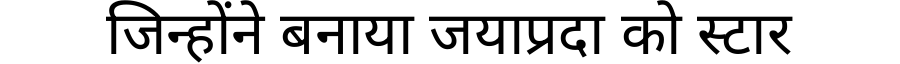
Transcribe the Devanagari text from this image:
जिन्होंने बनाया जयाप्रदा को स्टार